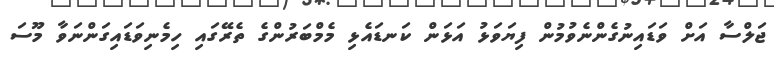
ޖަލްސާ އަށް ވަޑައިނުގެންނެވުމުން ފިޔަވަޅު އަޅަން ކަނޑައެޅި މެމްބަރުންގެ ތެރޭގައި ހިމެނިވަޑައިގަންނަވާ މޫސަ